Vaccination in Bombay 1874-1876 - 1874-1876
Year: 1874
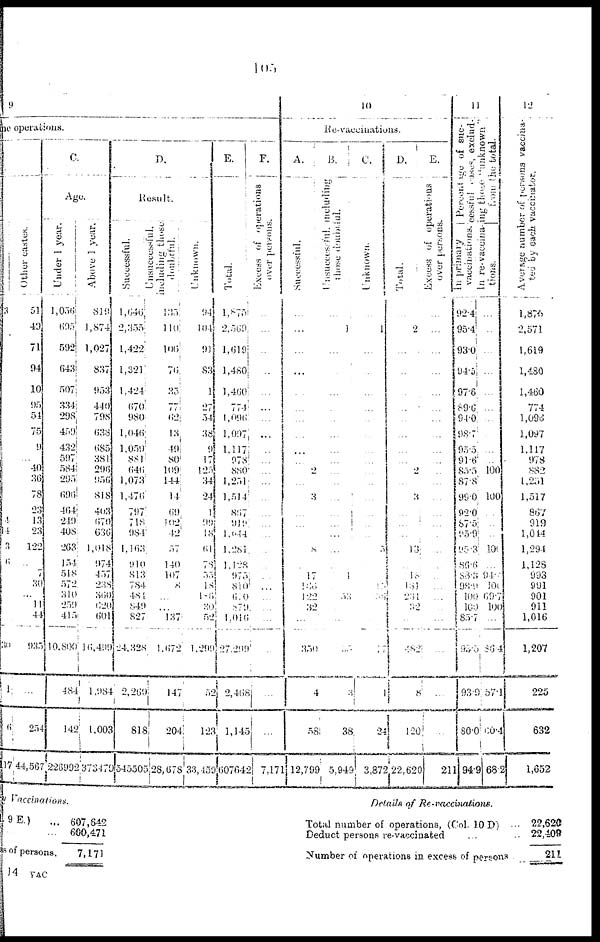
105
9
he operations.
3
4
4
3
6
30
1
6
17
Other castes.
51
49
71
94
10
95
54
75
9
...
40
36
78
23
13
23
122
...
7
30
...
11
44
935
...
254
44,567
C.
Age.
Under 1 year.
1,056
695
592
643
507
334
298
459
432
597
584
295
696
464
249
408
263
154
518
572
310
259
415
10,800
484
142
226992
Above 1 year.
819
1,874
1,027
837
953
440
798
638
685
381
296
956
818
403
679
636
1,018
974
457
238
360
620
601
16,499
1,984
1,003
37347
D.
Result.
Successful.
1,646
2,355
1,422
1,321
1,424
670
980
1,046
1,059
881
646
1,073
1,476
797
718
984
1,163
910
813
784
481
849
827
24,328
2,269
818
54550
Unsuccessful.
including
those
doubtful.
135
110
106
76
35
77
62
13
49
80
109
144
14
69
102
42
57
140
107
8
...
...
l37
1,672
147
204
28,678
Unknown.
94
104
91
83
1
27
54
38
9
17
125
34
24
1
99
18
61
78
55
18
106
30
52
1,299
52
123
33,459
E
Total.
1,875
2,569
1,619
1,480
l,460
774
1,096
1,097
1,117
978
880
1,251
1,514
867
919
1,044
1,281
1,128
975
810
610
879
1,016
27,299
2,468
1,145
607642
F.
Excess of operations
over persons,
...
...
...
...
...
...
...
...
...
...
...
...
...
...
...
...
...
...
...
...
...
...
...
...
...
7,171
10
Re-vaccinations.
A.
Successful.
...
...
...
...
...
...
...
...
...
...
...
...
...
...
...
...
...
...
...
...
...
...
...
...
12,799
B.
Unsuccessful,
including
those doubtful.
...
1
...
...
...
...
...
...
...
...
2
...
3
...
...
...
8
...
17
136
122
32
...
350
4
58
5.949
C.
Unknown.
...
1
...
...
...
...
...
...
...
...
...
...
...
...
...
...
5
...
1
...
33
...
...
...
3
38
3,872
D.
Total.
...
2
...
...
...
...
...
...
...
...
2
...
3
...
...
...
13
...
18
181
261
32
...
482
8
120
22,620
E.
Excess of operations
over persons.
...
...
...
...
...
...
...
...
...
...
...
...
...
...
...
...
...
...
...
...
...
...
...
...
...
2
211
11
Percentage of success-
ful
cases,
excluding
those
"
unknown"
from
the
total.
In primary
vaccinations.
92.4
95.4
93.0
94.5
97.8
89.6
94.0
98.7
95.5
91.6
85.5
87.8
99.0
92.0
87.5
95.9
95. 3
86.0
88.3
98.9
100
100
85.7
93.5
93.9
80.0
94.9
In re-vaccina-
tions.
...
...
...
...
...
...
...
...
...
...
100
100
...
...
...
10
...
94.
100
69.7
100
...
86.4
57.1
60.
68.2
12
Average number of persons vacci-
nated by each vaccinator..
1,876
2,571
1,619
1,480
1,460
774
1,098
1,097
1,117
978
882
1,251
1,517
887
919
1,014
1,294
1,128
993
991
901
911
1,016
1,207
225
632
1,652
Vaccinations.
9E.)
...
ss of persons.
607,642
600,471
7,171
Details of
Re-vaccinations.
Total number of operations, (Col. 10 D) ...
Deduct persons re-vaccinated ...
Number of operations in excess of persons
22,620
22,408
211
14 VAC